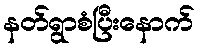
နတ်ရွာစံပြီးနောက်